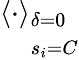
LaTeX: \left\langle\cdot\right\rangle_{\begin{array}{l}{\delta=0}\\ {s_{i}=C}\end{array}}